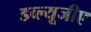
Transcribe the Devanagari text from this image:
डव्ल्यूजीए